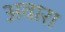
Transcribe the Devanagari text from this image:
अवारा